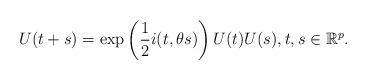
LaTeX: \begin{align*} U(t+s) = \exp\left(\frac{1}{2}i(t,\theta s)\right)U(t)U(s),t,s \in \mathbb{R}^p. \end{align*}